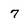
Character: 7